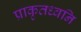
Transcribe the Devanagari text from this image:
प्राकृतध्वनि